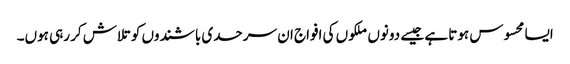
ایسا محسوس ہوتا ہے جیسے دونوں ملکوں کی افواج ان سرحدی باشندوں کو تلاش کر رہی ہوں۔